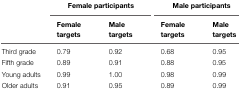
<table><thead><tr><td></td><td colspan="2"><b>Female participants</b></td><td colspan="2"><b>Male participants</b></td></tr><tr><td></td><td><b>Female targets</b></td><td><b>Male targets</b></td><td><b>Female targets</b></td><td><b>Male targets</b></td></tr></thead><tbody><tr><td>Third grade</td><td>0.79</td><td>0.92</td><td>0.68</td><td>0.95</td></tr><tr><td>Fifth grade</td><td>0.89</td><td>0.91</td><td>0.88</td><td>0.95</td></tr><tr><td>Young adults</td><td>0.99</td><td>1.00</td><td>0.98</td><td>0.99</td></tr><tr><td>Older adults</td><td>0.91</td><td>0.95</td><td>0.89</td><td>0.99</td></tr></tbody></table>